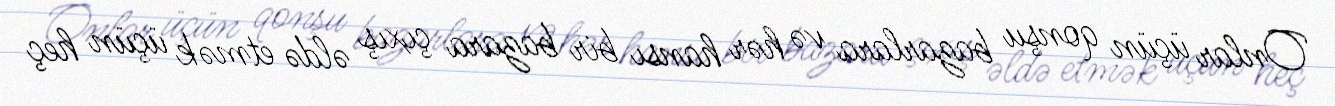
Onlar üçün qonşu bazarlara və hər hansı bir bazara çıxış əldə etmək üçün heç